Vaccination in Bombay 1924-1928 - 1924-1928
Year: 1924
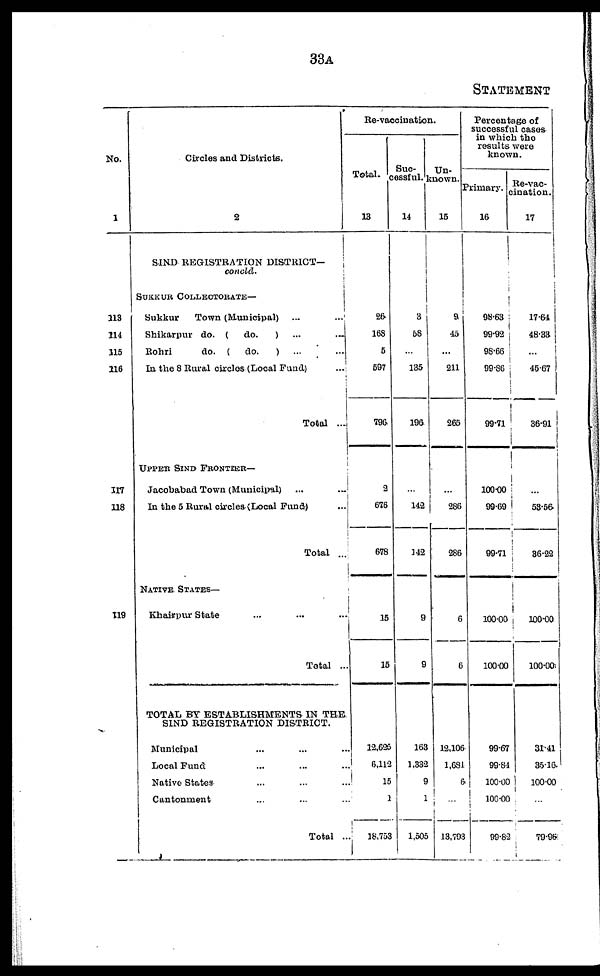
33A
STATEMENT
No.
1
113
114
115
116
117
118
119
Circles and Districts.
2
SIND REGISTRATION DISTRICT—
concld.
SUKKUR COLLECTORATE—
Sukkur
Town (Municipal)
...
...
Shikarpur do. (
do.
) ... ...
Rohri
do. (
do.
) ... ...
In the 8 Rural circles (Local Fund) ...
Total ...
UPPER SIND FRONTIER—
Jacobabad Town (Municipal) ... ...
In the 5 Rural circles (Local Fund) ...
Total ...
NATIVE STATES—
Khairpur State ... ... ...
Total ...
TOTAL BY ESTABLISHMENTS IN THE
SIND REGISTRATION DISTRICT.
Municipal ... ... ...
Local Fund ... ... ...
Native States ... ... ...
Cantonment ... ... ...
Total ...
Re-vaccination.
Total.
13
26
168
5
597
796
2
676
678
15
15
12,625
6,112
15
1
18,753
Suc-
cessful.
14
3
58
...
135
196
...
142
142
9
9
163
1,332
9
1
1,505
Un-
known.
15
9
45
...
211
265
...
286
286
6
6
12,106
1,681
6
...
13,793
Percentage of
successful cases
in which the
results were
known.
Primary.
16
98.63
99.92
98.66
99.86
99.71
100.00
99.-69
99.71
100.00
100.00
99.67
99.84
100.00
100.00
99.82
Re-vac-
cination.
17
17.64
48.33
...
45.67
36.91
...
53.56
36.22
100.00
100.00
31.41
35.16
100.00
...
79.96